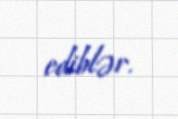
ediblər.